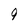
Character: 9